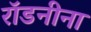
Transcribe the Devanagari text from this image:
रॉडनीना